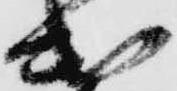
遣